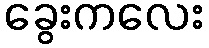
ခွေးကလေး